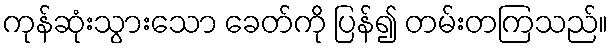
ကုန်ဆုံးသွားသော ခေတ်ကို ပြန်၍ တမ်းတကြသည်။